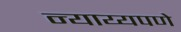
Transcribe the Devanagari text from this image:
न्याय्यपणे